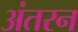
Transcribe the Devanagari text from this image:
अंतरन